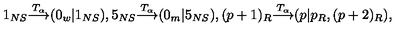
1 _ { N S } { \frac { \buildrel T _ { \alpha } } { \longrightarrow } } ( 0 _ { w } | 1 _ { N S } ) , 5 _ { N S } { \frac { \buildrel T _ { \alpha } } { \longrightarrow } } ( 0 _ { m } | 5 _ { N S } ) , ( p + 1 ) _ { R } { \frac { \buildrel T _ { \alpha } } { \longrightarrow } } ( p | p _ { R } , ( p + 2 ) _ { R } ) ,